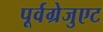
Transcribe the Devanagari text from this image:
पूर्वग्रेजुएट